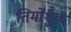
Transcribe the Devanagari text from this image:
तिमोश्चुक